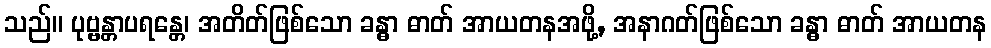
သည်။ ပုဗ္ဗန္တာပရန္တေ၊ အတိတ်ဖြစ်သော ခန္ဓာ ဓာတ် အာယတနအဖို့, အနာဂတ်ဖြစ်သော ခန္ဓာ ဓာတ် အာယတန